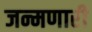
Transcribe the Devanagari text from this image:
जन्मणारी